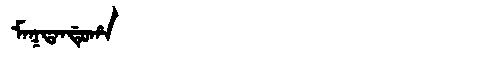
Manchu: ᠮᠠᡴᡨᠠᠨᡩᡠᡥᠠ
Romanization: MAKTANDUHA